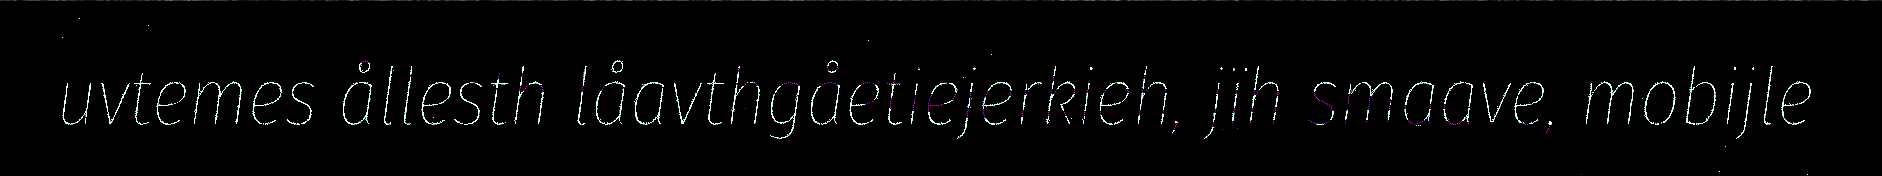
uvtemes ållesth låavthgåetiejerkieh, jïh smaave, mobijle